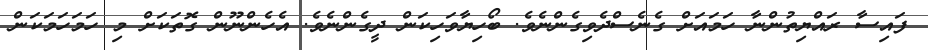
ފައިސާ ރައްޔިތުންނާ ހަމައަށް ގެނެސްދެވިގެންނެވެ. ބޯހިޔާވަހިކަން ދީގެންނެވެ. އެހެންނޫން ގޮތަކަށް މި ހަމަހަމަކަން